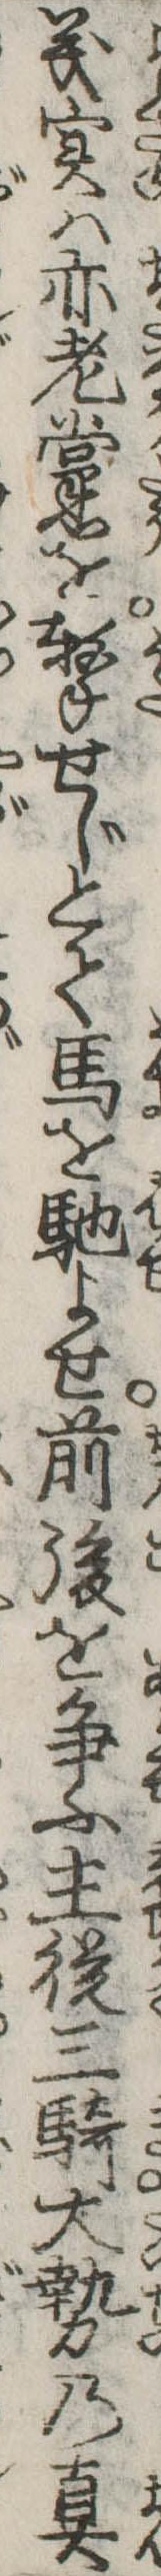
義実は亦老黨を撃せじとて馬を馳よせ前後を争ふ主従三騎大勢の真